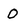
Character: O